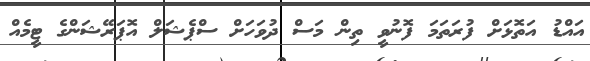
އައްޑު އަތޮޅަށް ފުރަތަމަ ފޮނުވީ ތިން މަސް ދުވަހަށް ސްޕެޝަލް އޮޕަރޭޝަންގެ ޓީމެއް